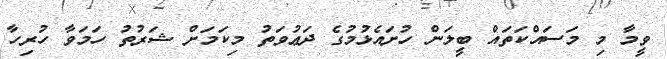
ވީމާ މި މަސައްކަތައް ބީލަން ހުށައެޅުމުގެ ދަޢުވަތު މިކަމަށް ޝަރުތު ހަމަވާ ހުރިހާ